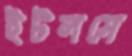
ইটলসে